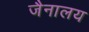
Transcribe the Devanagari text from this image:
जैनालय